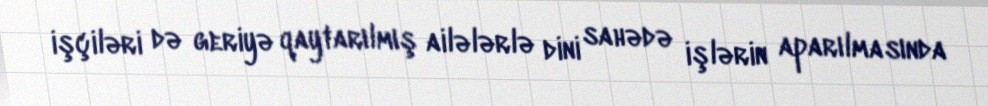
işçiləri də geriyə qaytarılmış ailələrlə dini sahədə işlərin aparılmasında